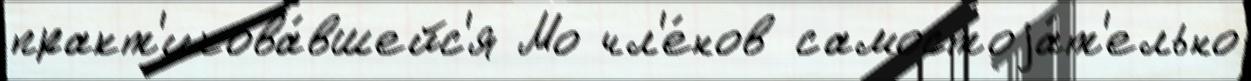
практ'икова́вшейс'я Мо чл'е́нов самостоjа́т'ельно